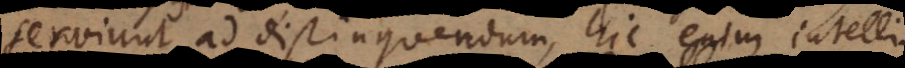
serviunt ad distinguendum, hic enim intelli